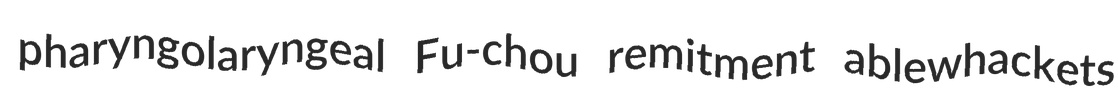
pharyngolaryngeal Fu-chou remitment ablewhackets